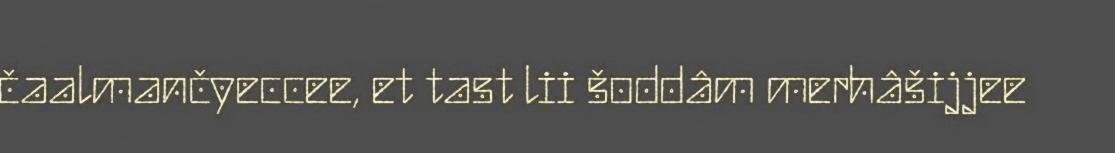
čaalmančyeccee, et tast lii šoddâm merhâšijjee